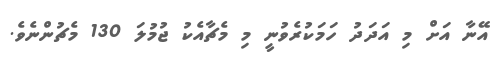
އޭނާ އަށް މި އަދަދު ހަމަކުރެވުނީ މި މެޗާއެކު ޖުމުލަ 130 މެޗުންނެވެ.